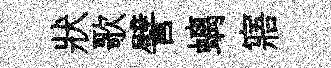
狀歌譬螭寤